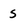
Character: s